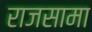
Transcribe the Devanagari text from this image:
राजसामा